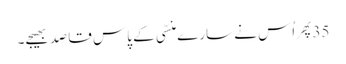
35پِھر اُس نے سارے منسّی کے پاس قاصِد بھیجے۔